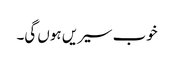
خوب سیریں ہوں گی۔